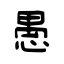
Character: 愚